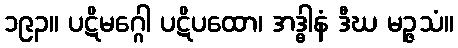
၁၉၃။ ပဋိမဂ္ဂေါ ပဋိပထော၊ အဒ္ဓါနံ ဒီဃ မဉ္ဇသံ။